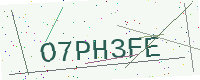
Text: O7PH3FE